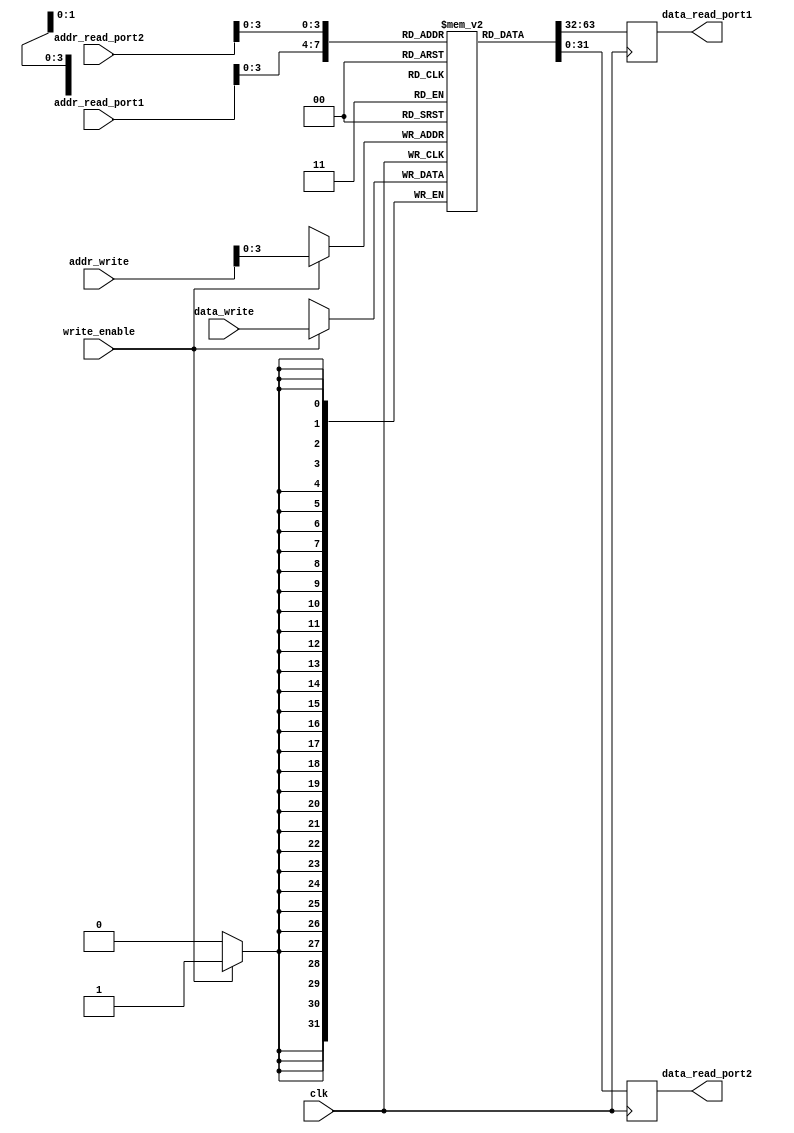
module dual_port_register_file (
    input wire clk,
    input wire [31:0] addr_read_port1,
    input wire [31:0] addr_read_port2,
    input wire [31:0] addr_write,
    input wire [31:0] data_write,
    input wire write_enable,
    output reg [31:0] data_read_port1,
    output reg [31:0] data_read_port2
);

parameter DATA_WIDTH = 32;
parameter DEPTH = 16;

reg [31:0] registers [0:DEPTH-1];

always @(posedge clk) begin
    if (write_enable) begin
        registers[addr_write] <= data_write;
    end
    
    data_read_port1 <= registers[addr_read_port1];
    data_read_port2 <= registers[addr_read_port2];
end

endmodule